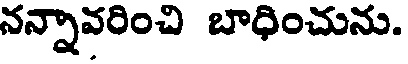
నన్నావరించి బాధించును.